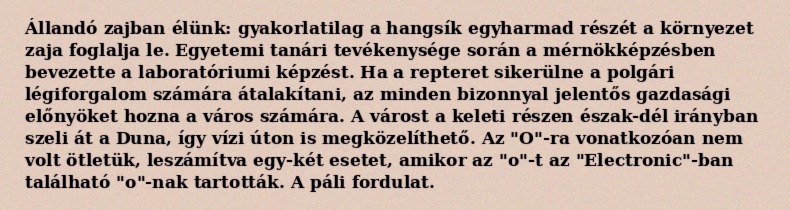
Állandó zajban élünk: gyakorlatilag a hangsík egyharmad részét a környezet zaja foglalja le. Egyetemi tanári tevékenysége során a mérnökképzésben bevezette a laboratóriumi képzést. Ha a repteret sikerülne a polgári légiforgalom számára átalakítani, az minden bizonnyal jelentős gazdasági előnyöket hozna a város számára. A várost a keleti részen észak-dél irányban szeli át a Duna, így vízi úton is megközelíthető. Az "O"-ra vonatkozóan nem volt ötletük, leszámítva egy-két esetet, amikor az "o"-t az "Electronic"-ban található "o"-nak tartották. A páli fordulat.